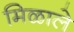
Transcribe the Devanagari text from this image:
मिळाले़